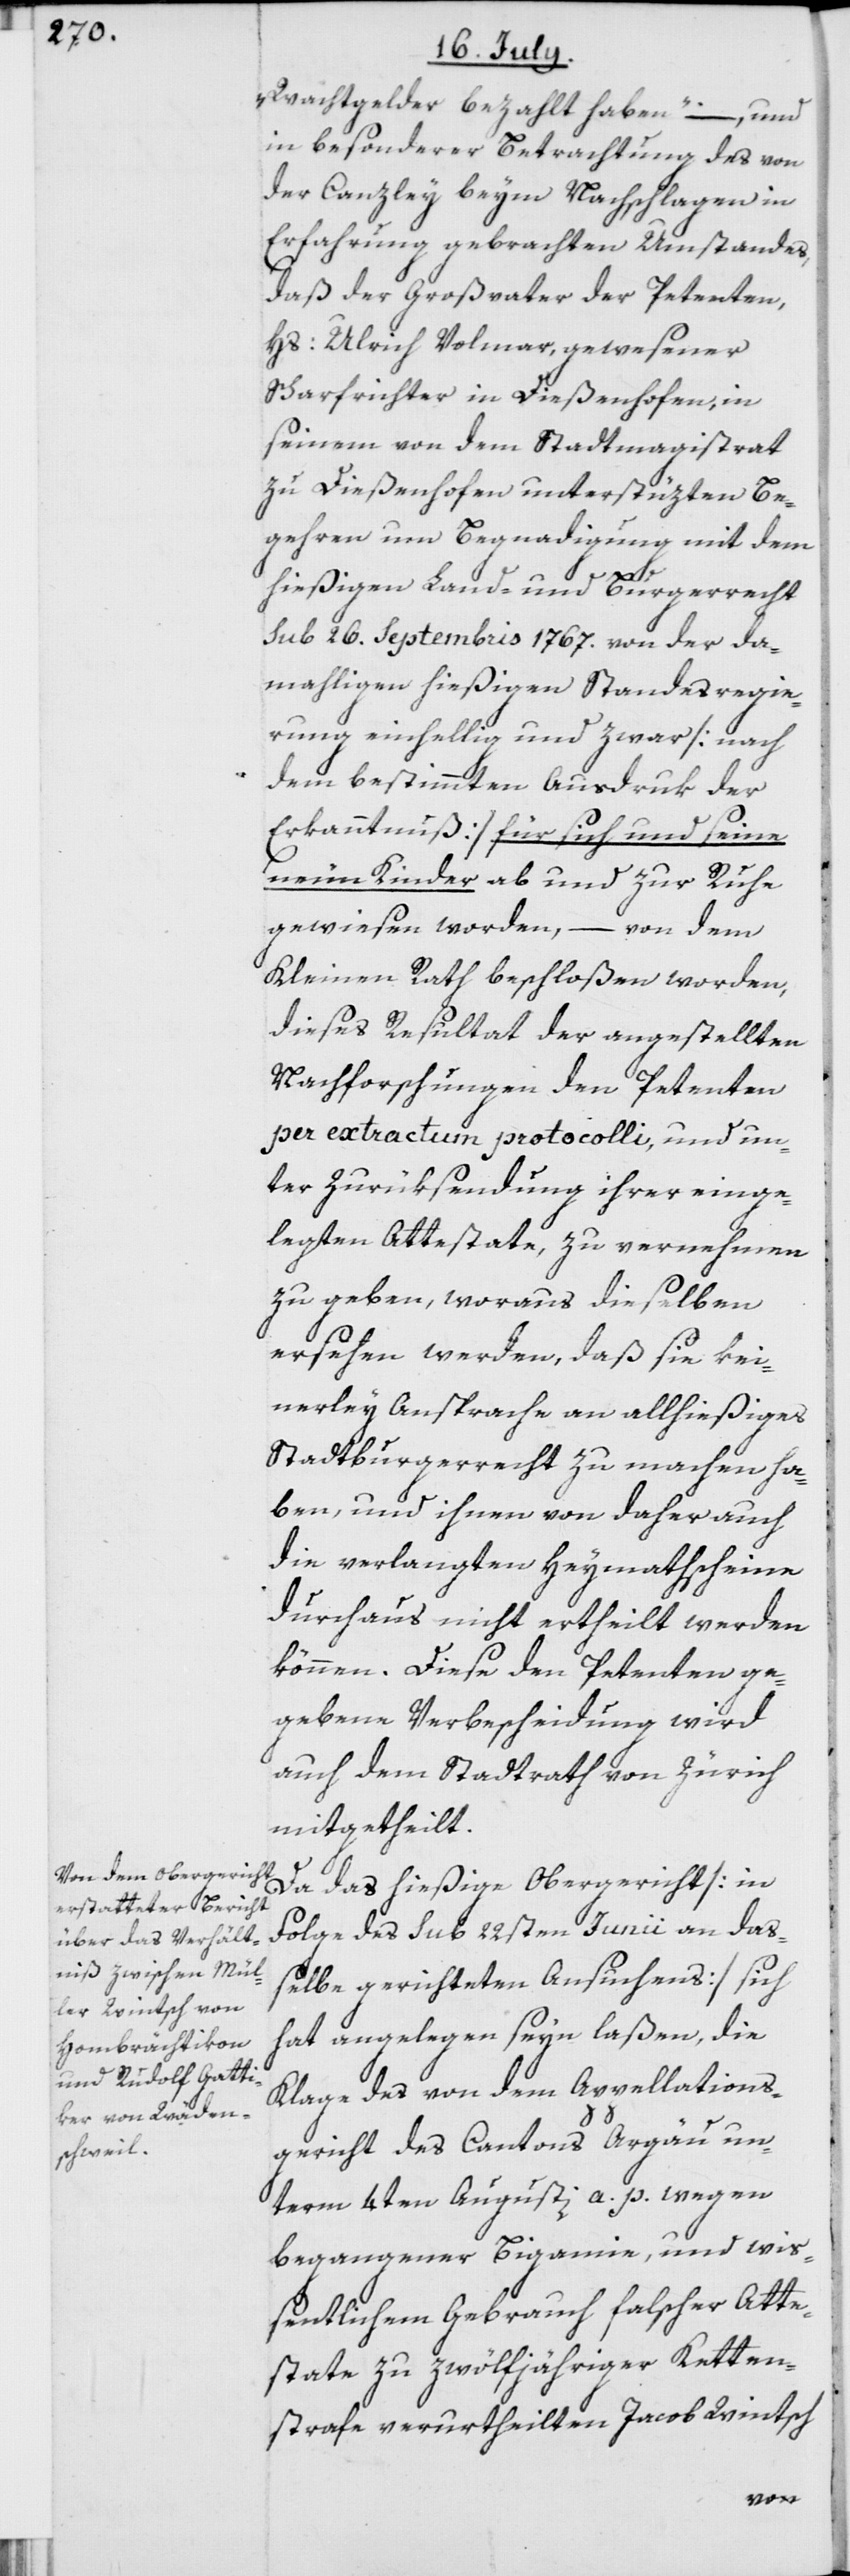
Wachtgelder bezahlt haben“ –, und
in besonderer Betrachtung des von
der Canzley beym Nachschlagen in
Erfahrung gebrachten Umstandes,
daß der Großvater der Petenten,
Hs: Ulrich Volmar, gewesener
Scharfrichter in Dießenhofen, in
seinem von dem Stadtmagistrat
zu Dießenhofen unterstüzten Be¬
gehren um Begnadigung mit dem
hießigen Land- und Burgerrecht
sub 26. Septembris 1767. von der da¬
mahligen hießigen Standesregie¬
rung einhellig und zwar [nach
dem bestimmten Ausdruk der
Erkanntnuß] für sich und seine
neun Kinder ab und zur Ruhe
gewiesen worden, – von dem
Kleinen Rath beschloßen worden,
dieses Resultat der angestellten
Nachforschungen den Petenten
per extractum protocolli, und un¬
ter Zurüksendung ihrer einge¬
legten Attestate, zu vernehmen
zu geben, woraus dieselben
ersehen werden, daß sie kei¬
nerley Ansprache an allhießiges
Stadtburgerrecht zu machen ha¬
ben, und ihnen von daher auch
die verlangten Heymathscheine
durchaus nicht ertheilt werden
können. Diese den Petenten ge¬
gebene Verbescheidung wird
auch dem Stadtrath von Zürich
mitgetheilt.
Da das hießige Obergericht [in
Folge des sub 22sten Junii an das¬
selbe gerichteten Ansuchens] sich
hat angelegen seyn laßen, die
Klage des von dem Appellations¬
gericht des Cantons Argau un¬
term 4ten Augusti a. p. wegen
begangener Bigamie, und wis¬
sentlichem Gebrauch falscher Atte¬
state zu zwölfjähriger Ketten¬
strafe verurtheilten Jacob Wintsch